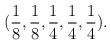
LaTeX: \begin{align*}(\frac{1}{8},\frac{1}{8},\frac{1}{4},\frac{1}{4},\frac{1}{4}).\end{align*}